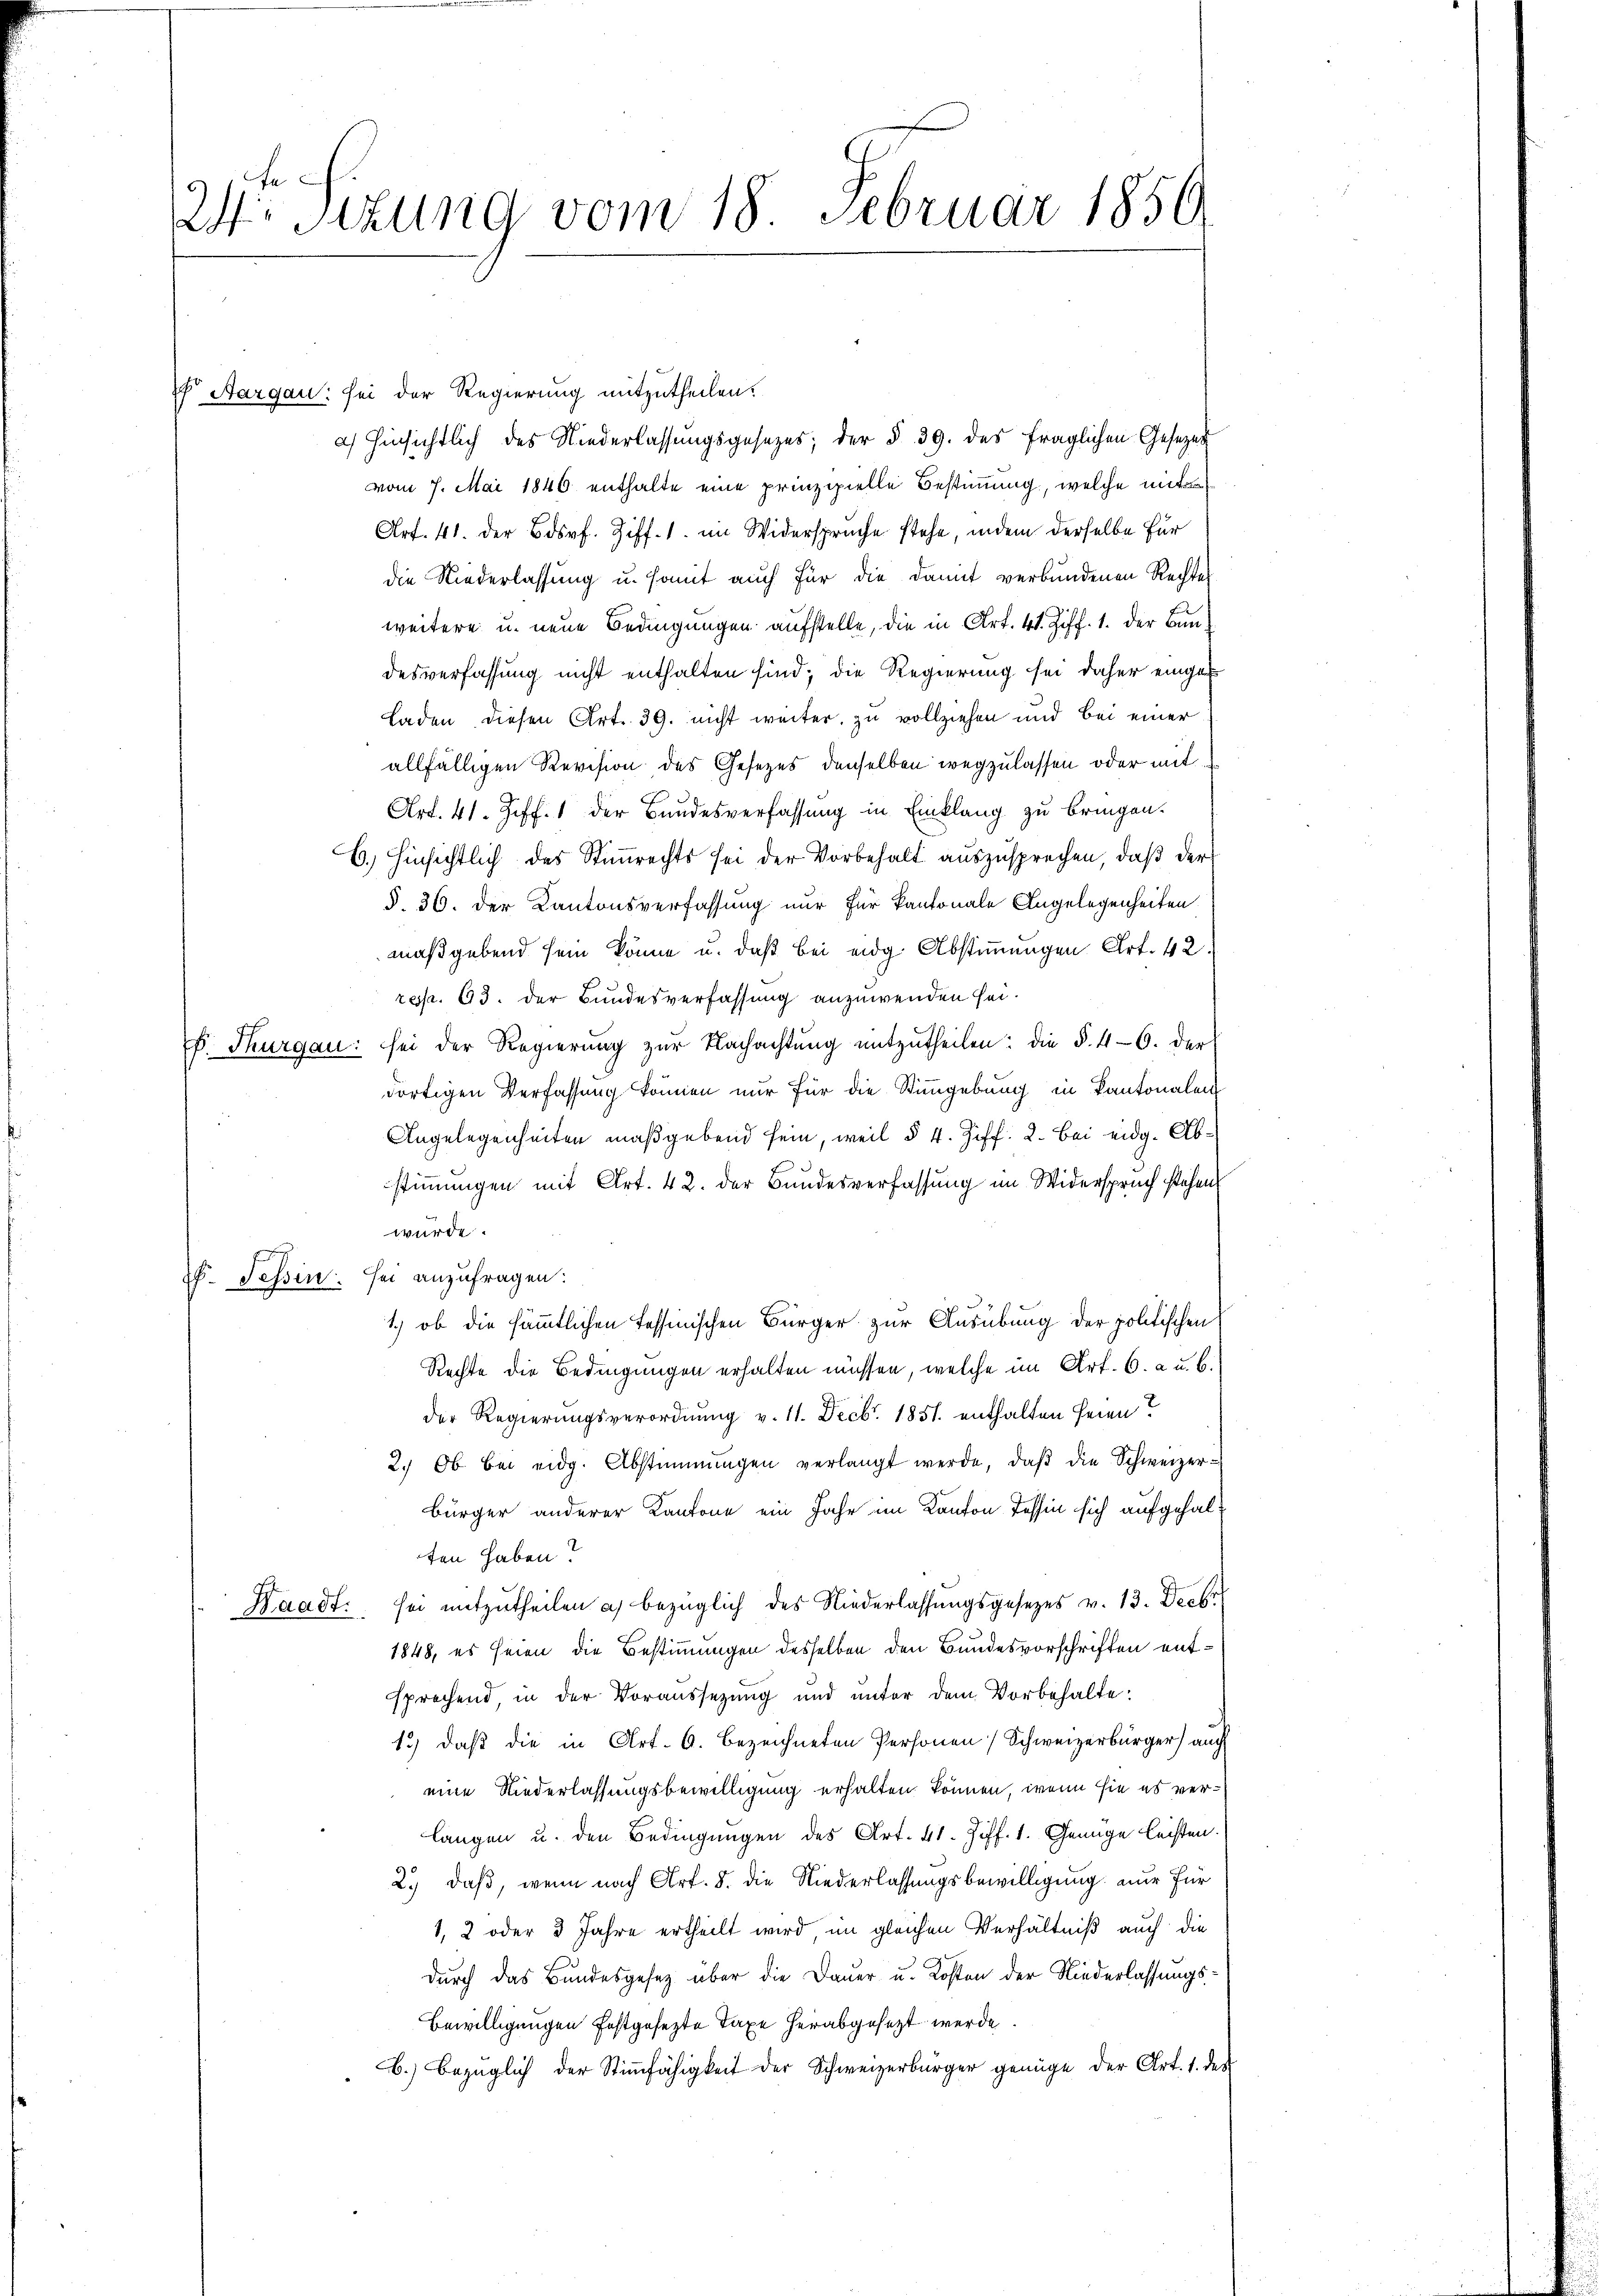
2. Sizung vom 18. Februar 1859

Aargau: sei der Regierung mitzutheilen.
a) hinsichtlich des Niederlassungsgesezes; der § 39. des fraglichen Gesetzes
vom 7. Mai 1846 enthalte eine prinzipielle Bestimmung, welche mit
Art. 41. Der Bdsrf. Ziff. 1. im Widersprüche stehe, indem derselbe für
die Niederlassung u. somit auch für die damit verbundenen Rechtes
weitere u. neue Bedingungen aufstelle, die in Art. 41. Ziff. 1. der Bundesverfassung nicht enthalten sind; die Regierung sei daher eingef
Laden diesen Art. 39. nicht weiter, zu vollziehen und bei einer
allfälligen Revision des Gesezes denselben wegzulassen oder mit¬
Art. 41. Ziff. 1 der Bundesverfassung in Einklang zu bringen.
6.) Hinsichtlich des Stimmrechts sei der Vorbehalt auszusprechen, daß der
§. 36. Der Kantonsverfassung nur für Kantonale Angelegenheiten
maßgebend sein könne u. daß bei eidg. Abstimmungen Art. 42
resp. 63. der Bundesverfassung anzuwenden sei.
s. Thurgau: sei der Regierung zŭr Nachachtŭng mitzŭtheilen: die §. 4-6. der
dortigen Verfassung können nur für die Stimmgebung in Kantonalen
Angelegenheiten maßgebend sein, weil § 4. Ziff. 2. Bei eidg. Abstimmungen mit Art. 42. der Bundesverfassung im Widerspruch stehen
würde.
I. Tessin: sei anzufragen:
1.) ob die sämmtlichen Tessinischen Bürger zur Ausübung der politischen
Rechte die Bedingungen erhalten müssen, welche im Art. 6. a u. b.
der Regierungsverordnung v. 11. Decbr. 1851 enthalten seien?
2. Ob bei eidg. Abstimmungen verlangt werde, daβ die Schweizer¬
Bürger anderer Kantone ein Jahr im Kanton Tessin sich aufgehalten haben?
Kaadt, sei mitzutheilen a) bezüglich des Niederlassungsgesetzes v. 13. Decbr
1848, es seien die Bestimmungen desselben den Bundesvorschriften entsprechend in der Voraussetzung und unter dem Vorbehalte:
13) daβ die in Art. 6. bezeichneten Personen Schweizerbürger) auch
eine Niederlassungsbewilligung erhalten können, wenn sie es verlangen u. den Bedingungen des Art. 41. Ziff. 1. Genüge leisten.
2.) daß, wenn nach Art. 8. die Niederlassungsbewilligung nur für
1, 2 oder 3 Jahre ertheilt wird im gleichen Verhältniß auch die
durch das Bundesgesetz über die Dauer u. Kosten der Niederlassungs¬
Bewilligungen festgesezte Taxe herabgesezt werde.
b.) Bezüglich der Stimmfähigkeit der Schweizerbürger genüge der Art. 1. des